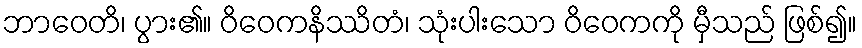
ဘာဝေတိ၊ ပွား၏။ ဝိဝေကနိဿိတံ၊ သုံးပါးသော ဝိဝေကကို မှီသည် ဖြစ်၍။